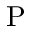
\mathrm { P }